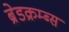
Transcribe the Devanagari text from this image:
ब्रेडक्रम्ब्स